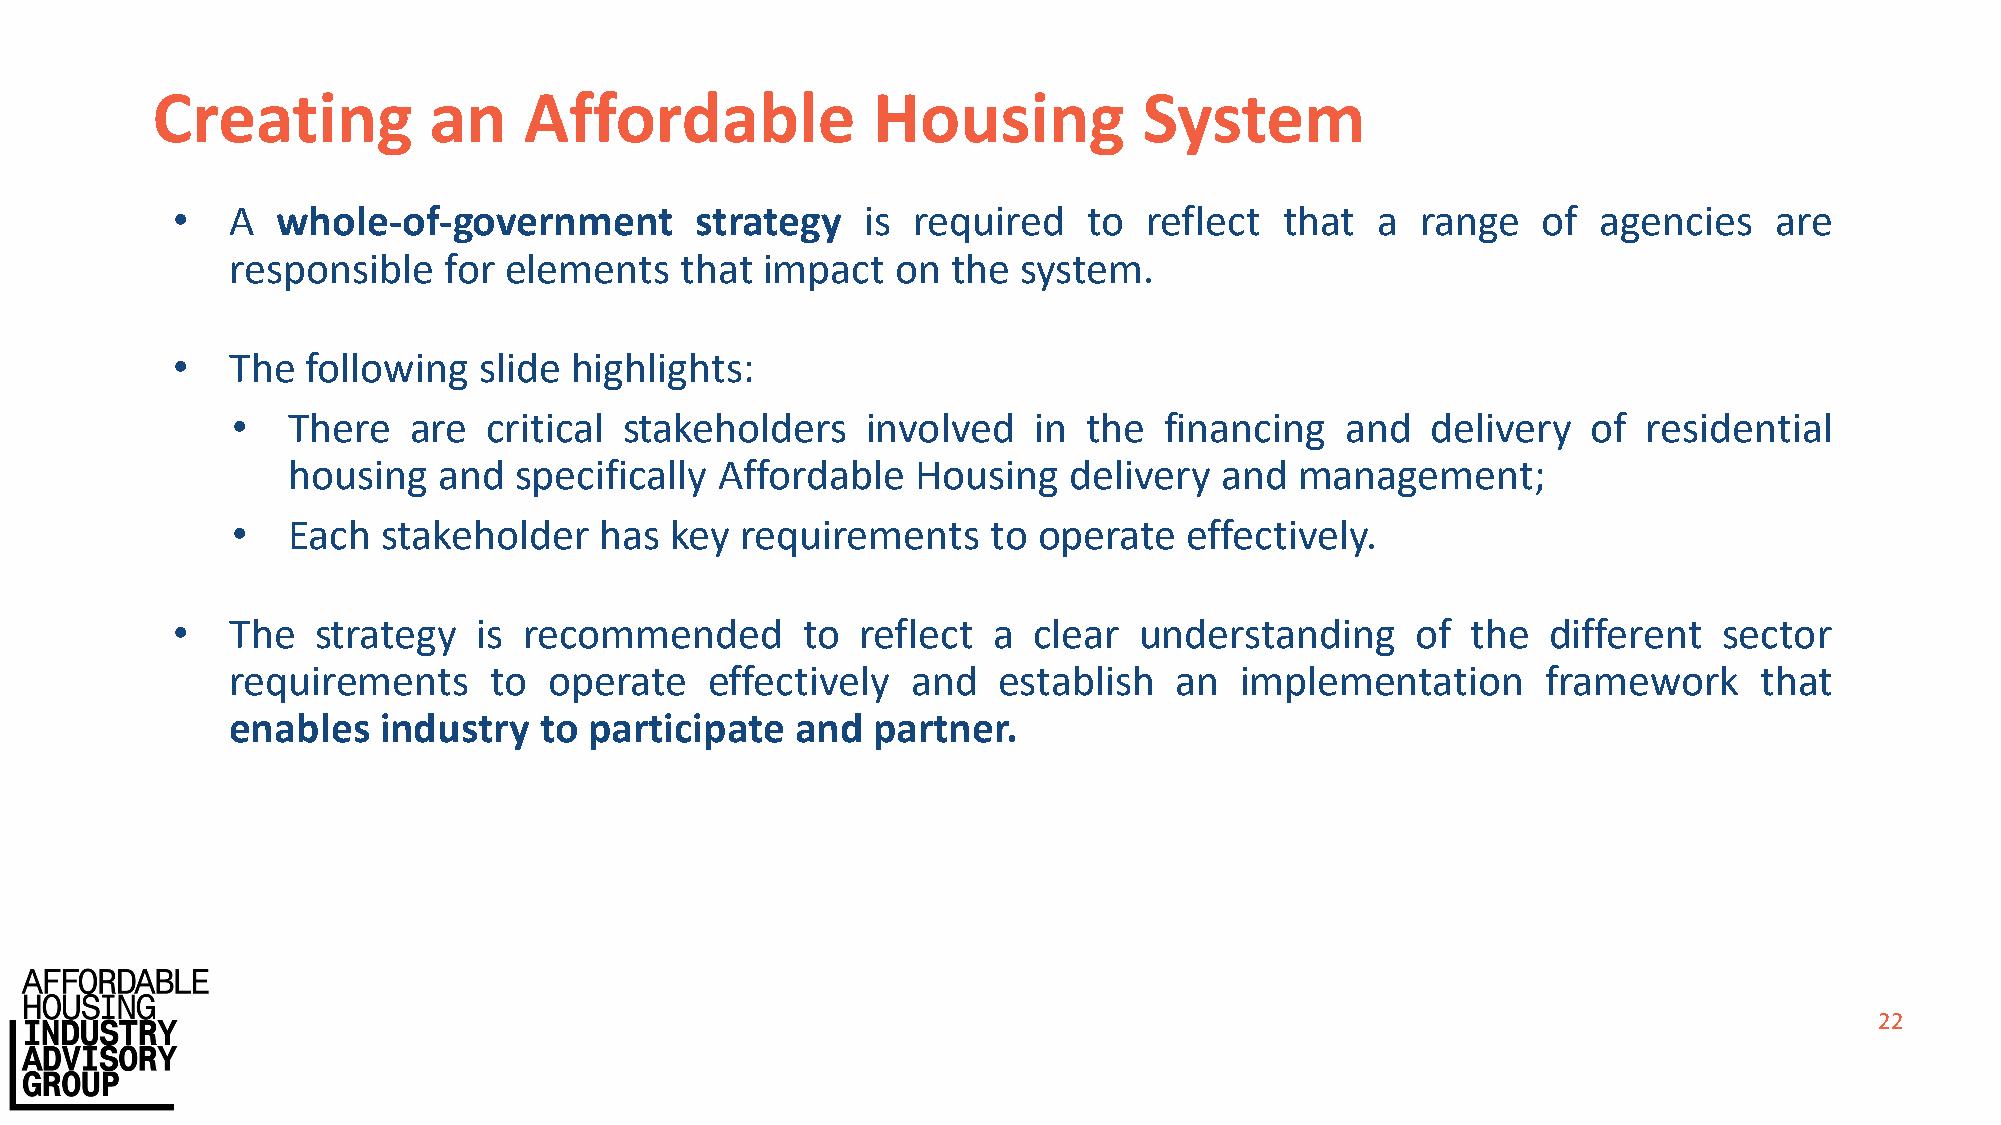
Creating          an     Affordable             Housing           System
 •   A  whole-of-government         strategy   is required    to  reflect  that  a  range   of  agencies   are
 responsible   for elements    that impact   on  the system.
 •   The  following   slide highlights:
 •   There   are  critical stakeholders    involved   in  the  financing   and   delivery  of  residential
 housing   and  specifically Affordable    Housing   delivery  and  management;
 •   Each  stakeholder    has key  requirements     to operate   effectively.
 •   The   strategy   is recommended       to  reflect  a clear  understanding      of the   different  sector
 requirements     to  operate    effectively  and   establish   an  implementation      framework     that
 enables   industry   to participate   and  partner.
 22